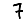
Digit: 7